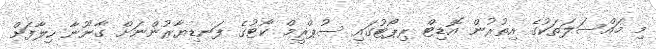
މި މައްސަލަތަކުގެ އިތުރުން އޮޑިޓް ރިޕޯޓުގައި ސުޕްރީމް ކޯޓުގެ ފަނޑިޔާރުންނަށް ގާނޫނާ ހިލާފަށް